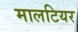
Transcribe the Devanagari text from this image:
मालटियर